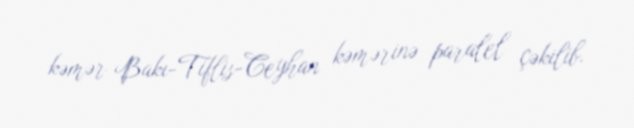
kəmər Bakı-Tiflis-Ceyhan kəmərinə paralel çəkilib.